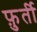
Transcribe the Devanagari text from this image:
फ़ुर्ती